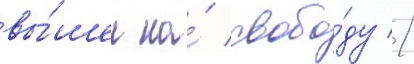
вы́шел на́ свобо́ду //